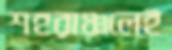
শহরাঞ্চলেই